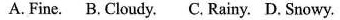
A. Fine. B. Cloudy. C. Rainy. D. Snowy.